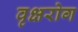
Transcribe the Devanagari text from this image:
वृक्षरोग